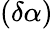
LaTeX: (\delta\alpha)